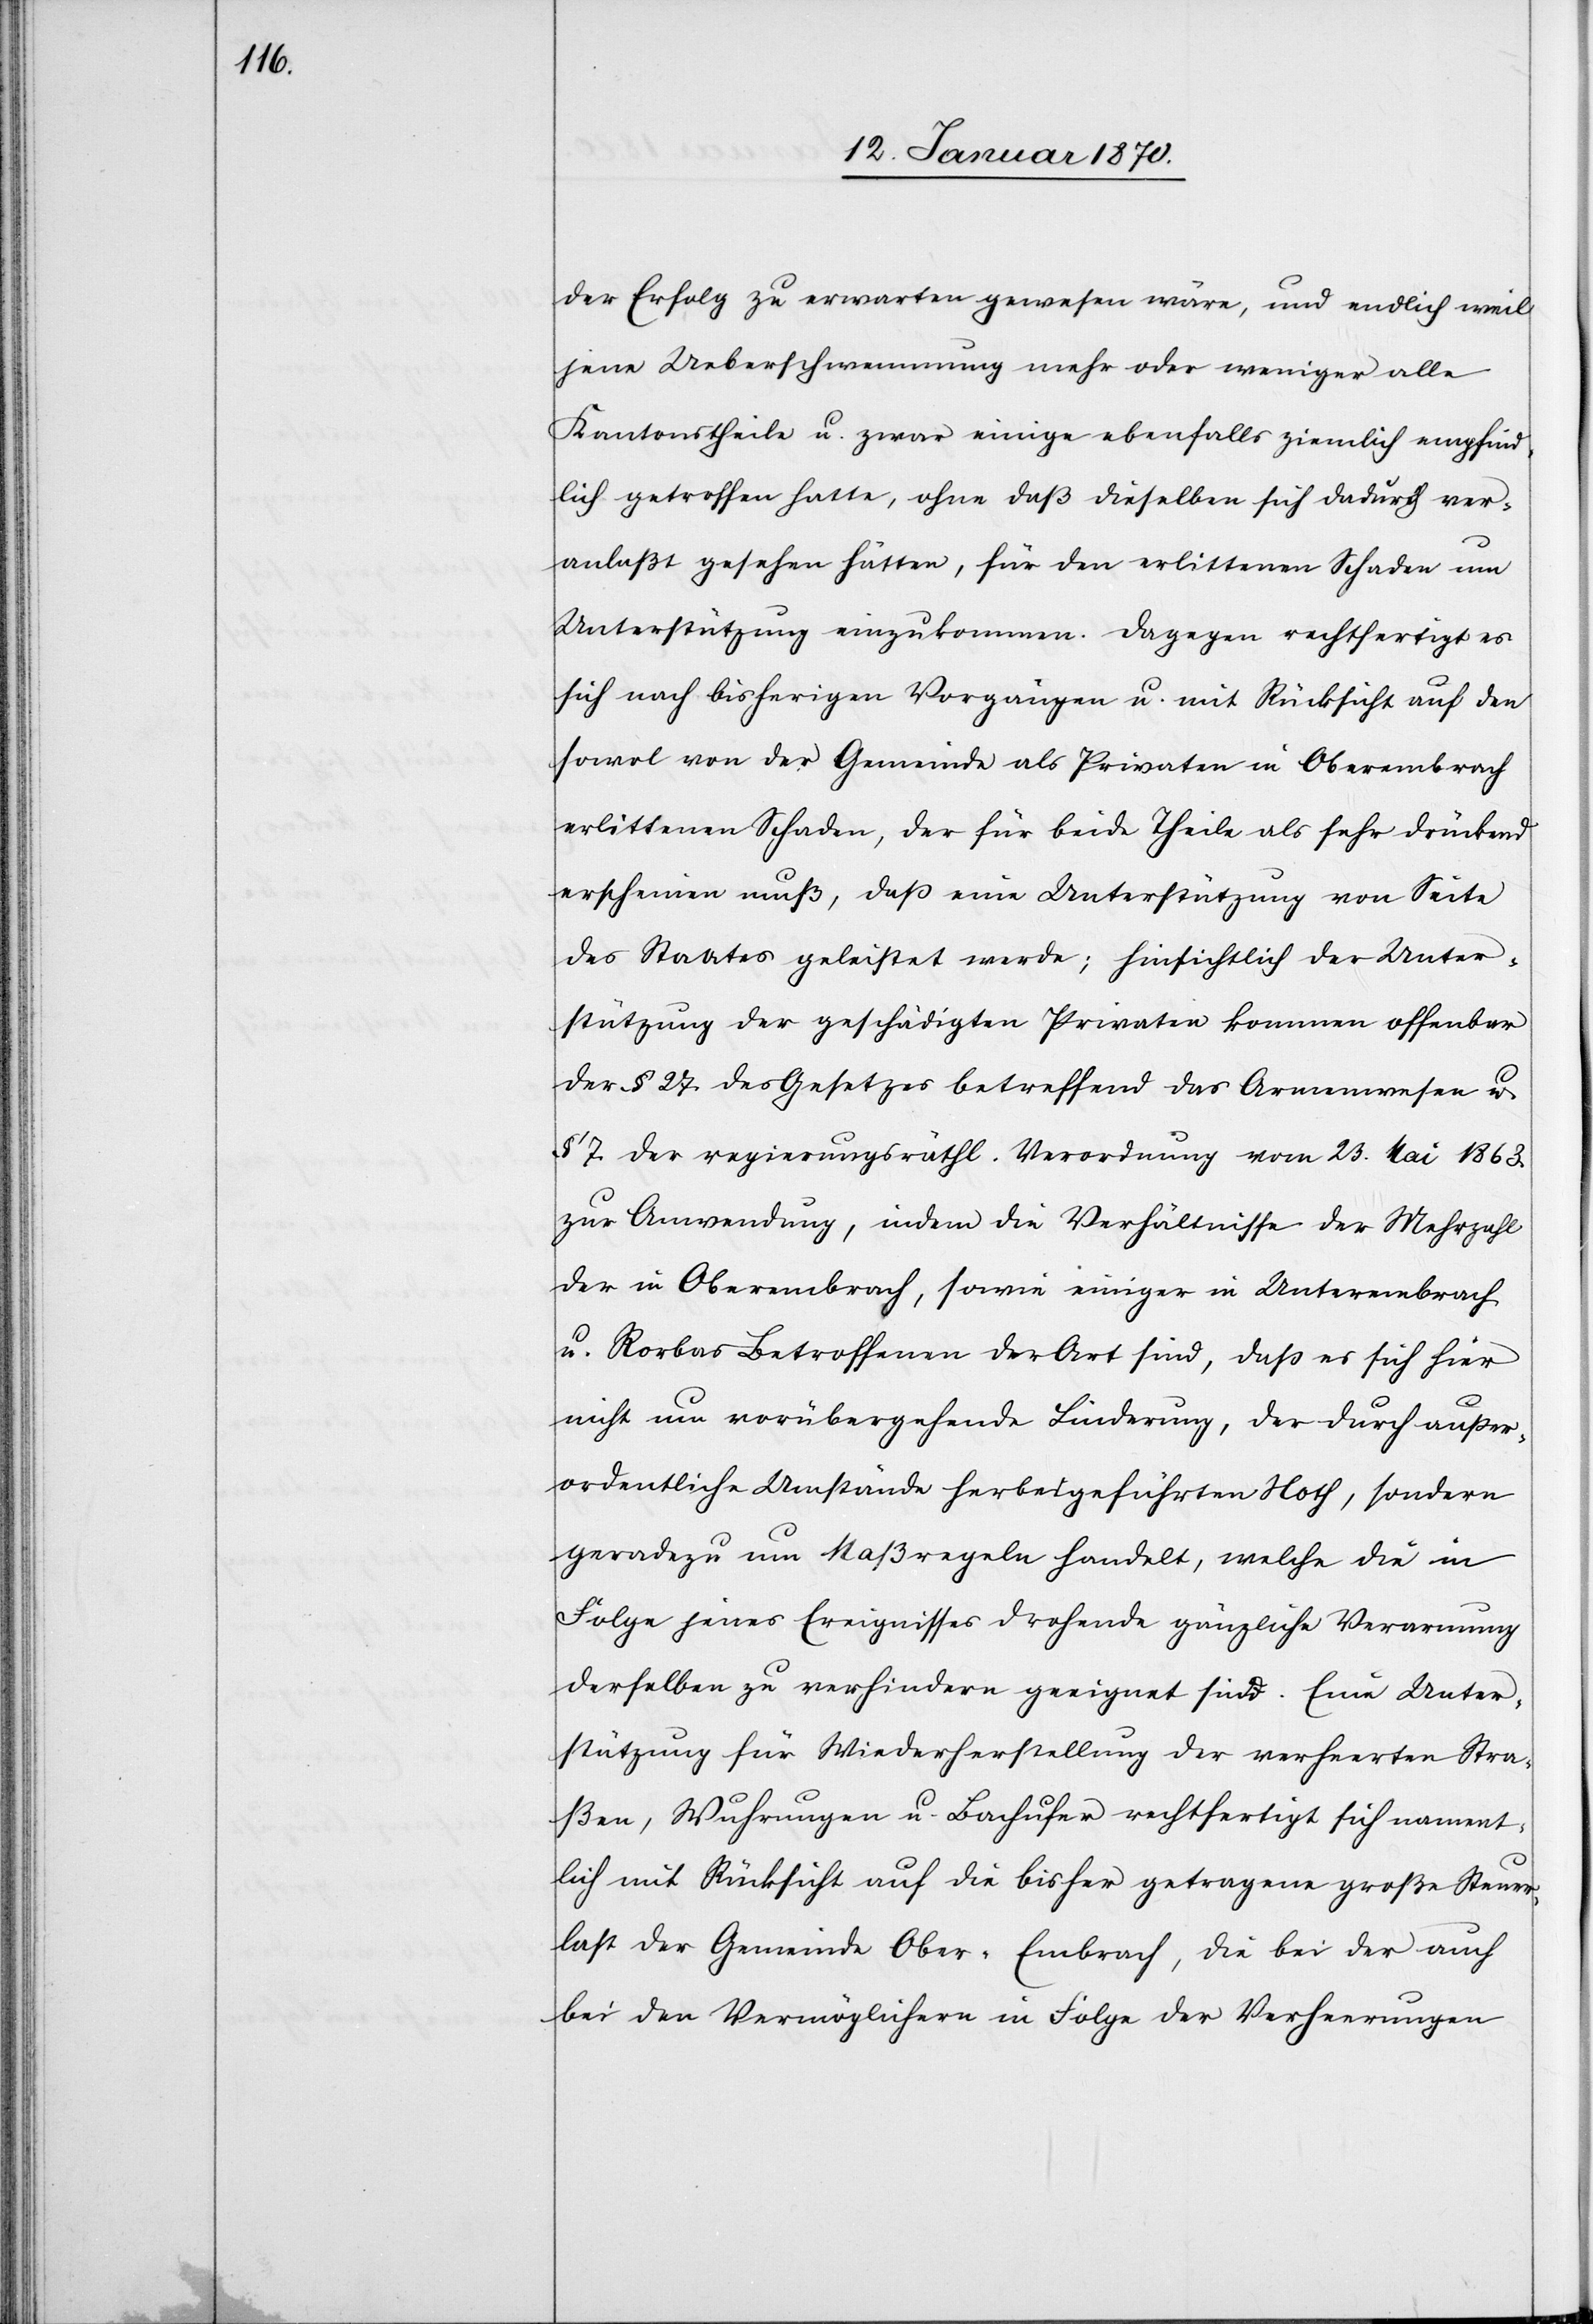
der Erfolg zu erwarten gewesen wäre, und endlich weil
jene Ueberschwemmung mehr oder weniger alle
Kantonstheile u. zwar einige ebenfalls ziemlich empfind¬
lich getroffen hatte, ohne daß dieselben sich dadurch ver¬
anlaßt gesehen hätten, für den erlittenen Schaden um
Unterstützung einzukommen. Dagegen rechtfertigt es
sich nach bisherigen Vorgängen u. mit Rücksicht auf den
sowol von der Gemeinde als Privaten in Oberembrach
erlittenen Schaden, der für beide Theile als sehr drückend
erscheinen muß, daß eine Unterstützung von Seite
des Staates geleistet werde; hinsichtlich der Unter¬
stützung der geschädigten Privaten kommen offenbar
der § 27. des Gesetzes betreffend das Armenwesen u.
§ 7. der regierungsräthl. Verordnung vom 23. Mai 1863.
zur Anwendung, indem die Verhältnisse der Mehrzahl
der in Oberembrach, sowie einiger in Unterembrach
u. Rorbas Betroffenen der Art sind, daß es sich hier
nicht um vorübergehende Linderung, der durch außer¬
ordentliche Umstände herbeigeführten Noth, sondern
geradezu um Maßregeln handelt, welche die in
Folge jenes Ereignisses drohende gänzliche Verarmung
derselben zu verhindern geeignet sind. Eine Unter¬
stützung für Wiederherstellung der verheerten Stra¬
ßen, Wuhrungen u. Bachufer rechtfertigt sich nament¬
lich mit Rücksicht auf die bisher getragene große Steuer¬
last der Gemeinde Ober-Embrach, die bei der auch
bei den Vermöglichern in Folge der Verheerungen